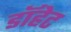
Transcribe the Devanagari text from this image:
डॉहेट